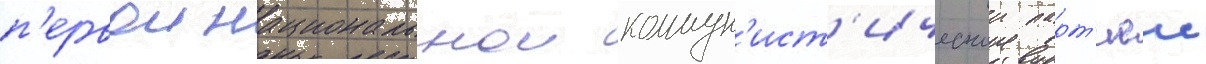
п'ервои национальнои коммун'ист'ическои парт'иеи